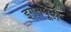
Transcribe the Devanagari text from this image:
इगतपूरी